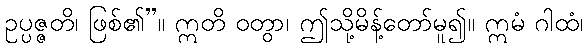
ဥပ္ပဇ္ဇတိ၊ ဖြစ်၏”။ ဣတိ ဝတွာ၊ ဤသို့မိန့်တော်မူ၍။ ဣမံ ဂါထံ၊